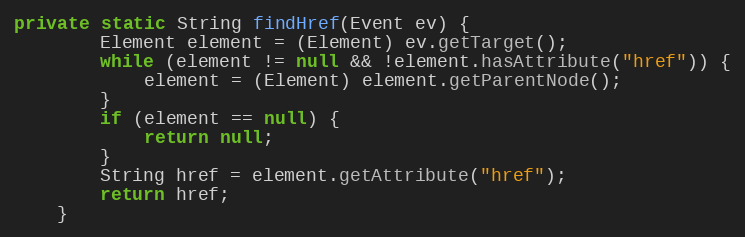
Language: Java
private static String findHref(Event ev) {
		Element element = (Element) ev.getTarget();
		while (element != null && !element.hasAttribute("href")) {
			element = (Element) element.getParentNode();
		}
		if (element == null) {
			return null;
		}
		String href = element.getAttribute("href");
		return href;
	}